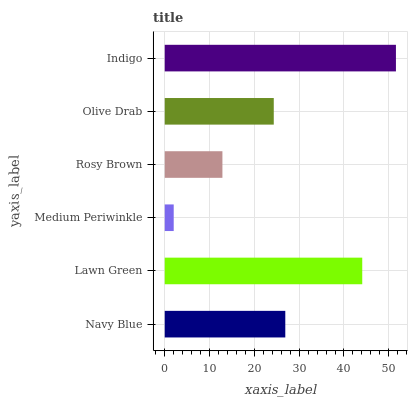
| yaxis_label | bars |
 | --- | --- |
 | Navy Blue | 26.9 |
 | Lawn Green | 44.1 |
 | Medium Periwinkle | 2.01 |
 | Rosy Brown | 12.9 |
 | Olive Drab | 24.3 |
 | Indigo | 51.6 |